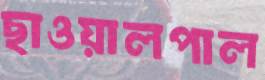
ছাওয়ালপাল